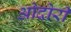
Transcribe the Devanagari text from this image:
ओदोरी